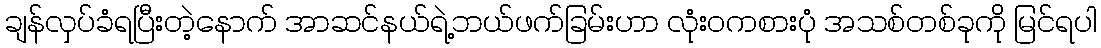
ချန်လှပ်ခံရပြီးတဲ့နောက် အာဆင်နယ်ရဲ့ဘယ်ဖက်ခြမ်းဟာ လုံးဝကစားပုံ အသစ်တစ်ခုကို မြင်ရပါ